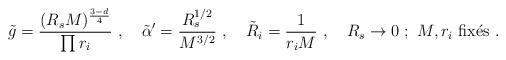
LaTeX: \begin{align*}\tilde g = \frac{ (R_s M)^{\frac{3-d}{4}} }{\prod r_i}\ ,\quad\tilde \alpha' = \frac{R_s^{1/2}}{M^{3/2}} \ ,\quad\tilde R_i = \frac{1}{r_i M} \ ,\quad R_s\rightarrow 0\ ;\ M,r_i \mbox{~fix{\'e}s}\ .\end{align*}